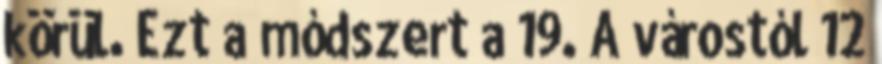
körül. Ezt a módszert a 19. A várostól 12